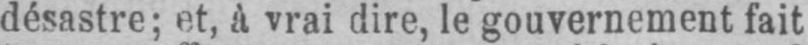
désastre; et, à vrai dire, le gouvernement fait